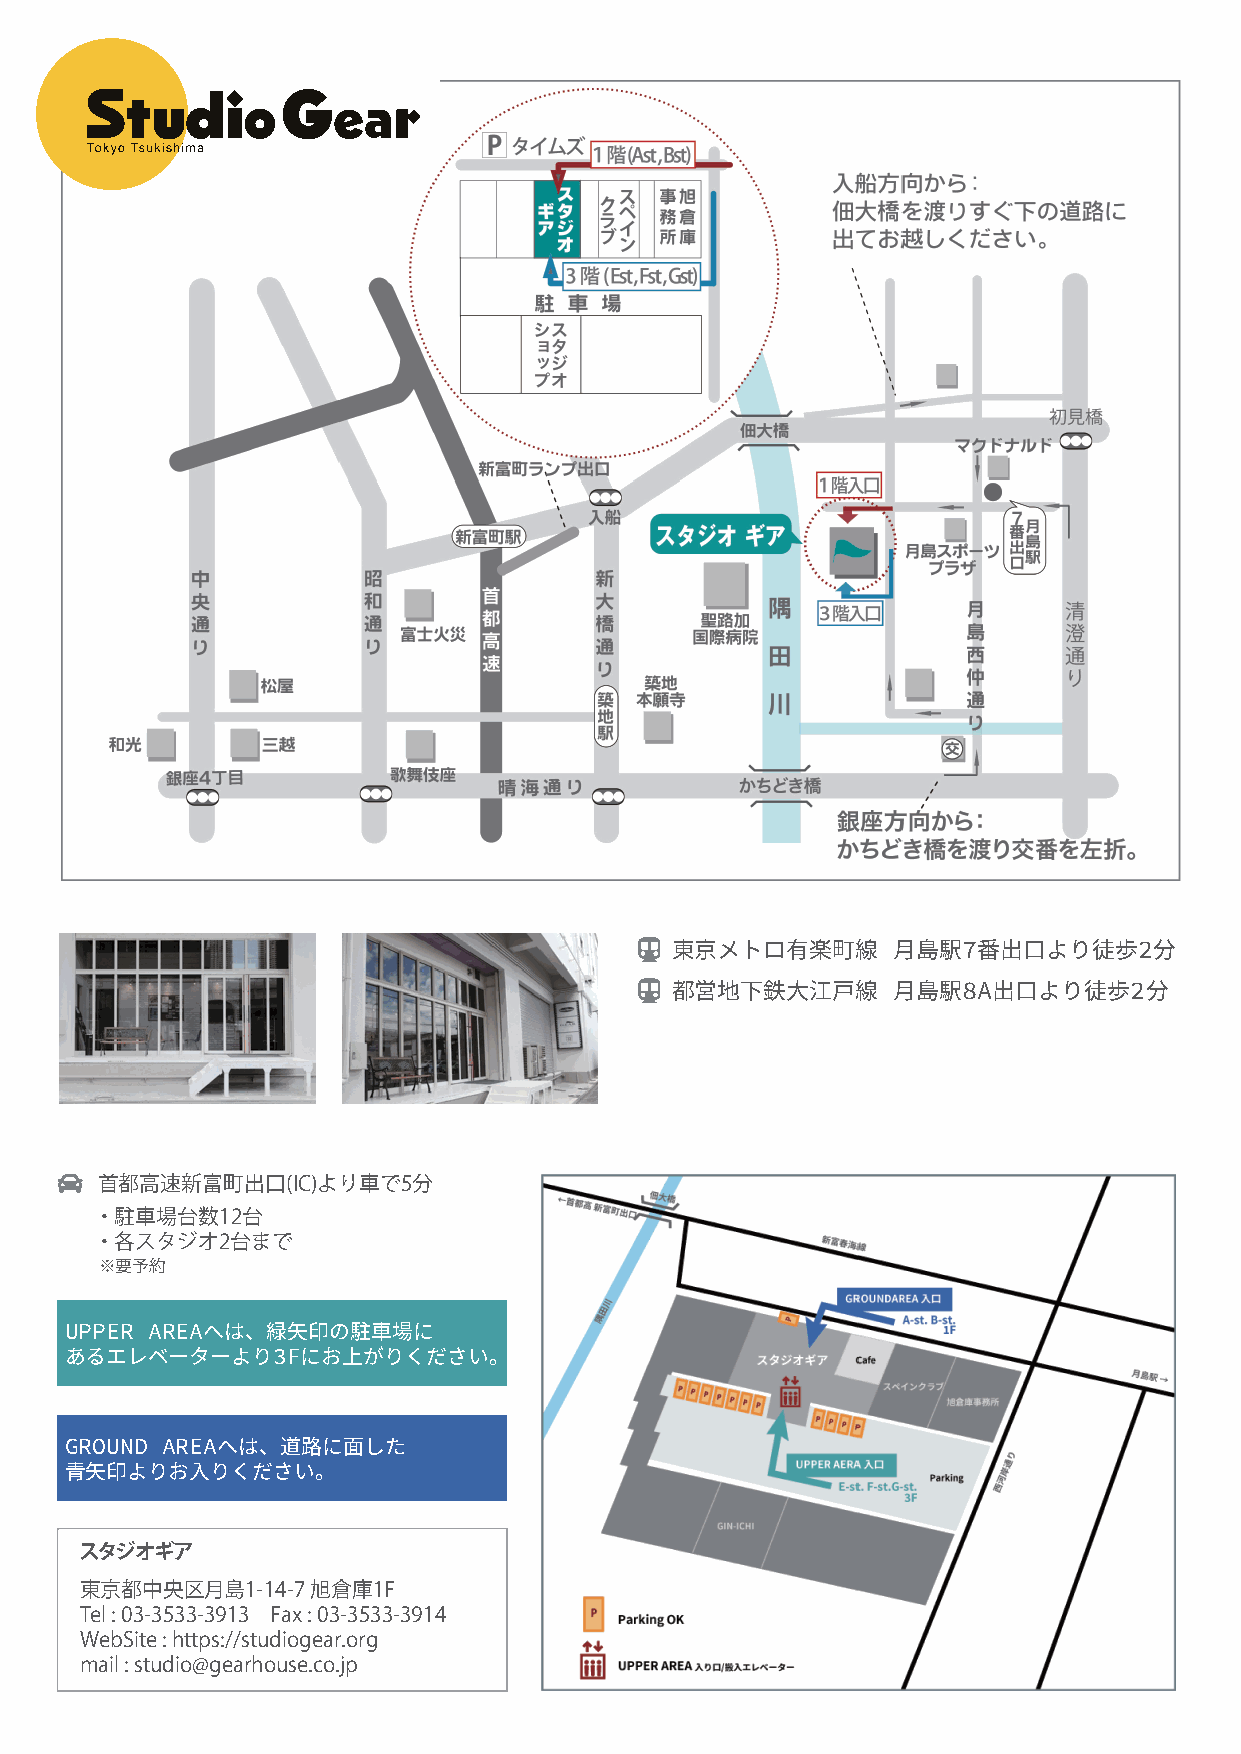
東京メトロ有楽町線      月島駅7番出口より徒歩2分
 都営地下鉄大江戸線      月島駅8A出口より徒歩2分
 首都高速新富町出口(IC)より車で5分
 ・駐車場台数12台
 ・各スタジオ2台まで
 ※要予約
 UPPER AREAへは、緑矢印の駐車場に
 あるエレベーターより3Fにお上がりください。
 GROUND AREAへは、道路に面した
 青矢印よりお入りください。
 スタジオギア
 東京都中央区月島1-14-7  旭倉庫1F
 Tel : 03-3533-3913 Fax : 03-3533-3914
 WebSite : https://studiogear.org
 mail : studio@gearhouse.co.jp